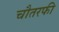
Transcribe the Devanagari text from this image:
चौतरफी